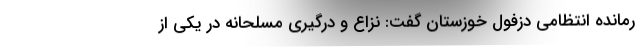
رمانده انتظامی دزفول خوزستان گفت: نزاع و درگیری مسلحانه در یکی از